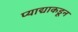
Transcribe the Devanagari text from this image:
प्याद्याकडून